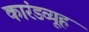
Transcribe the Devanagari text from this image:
कारंडव्यूह